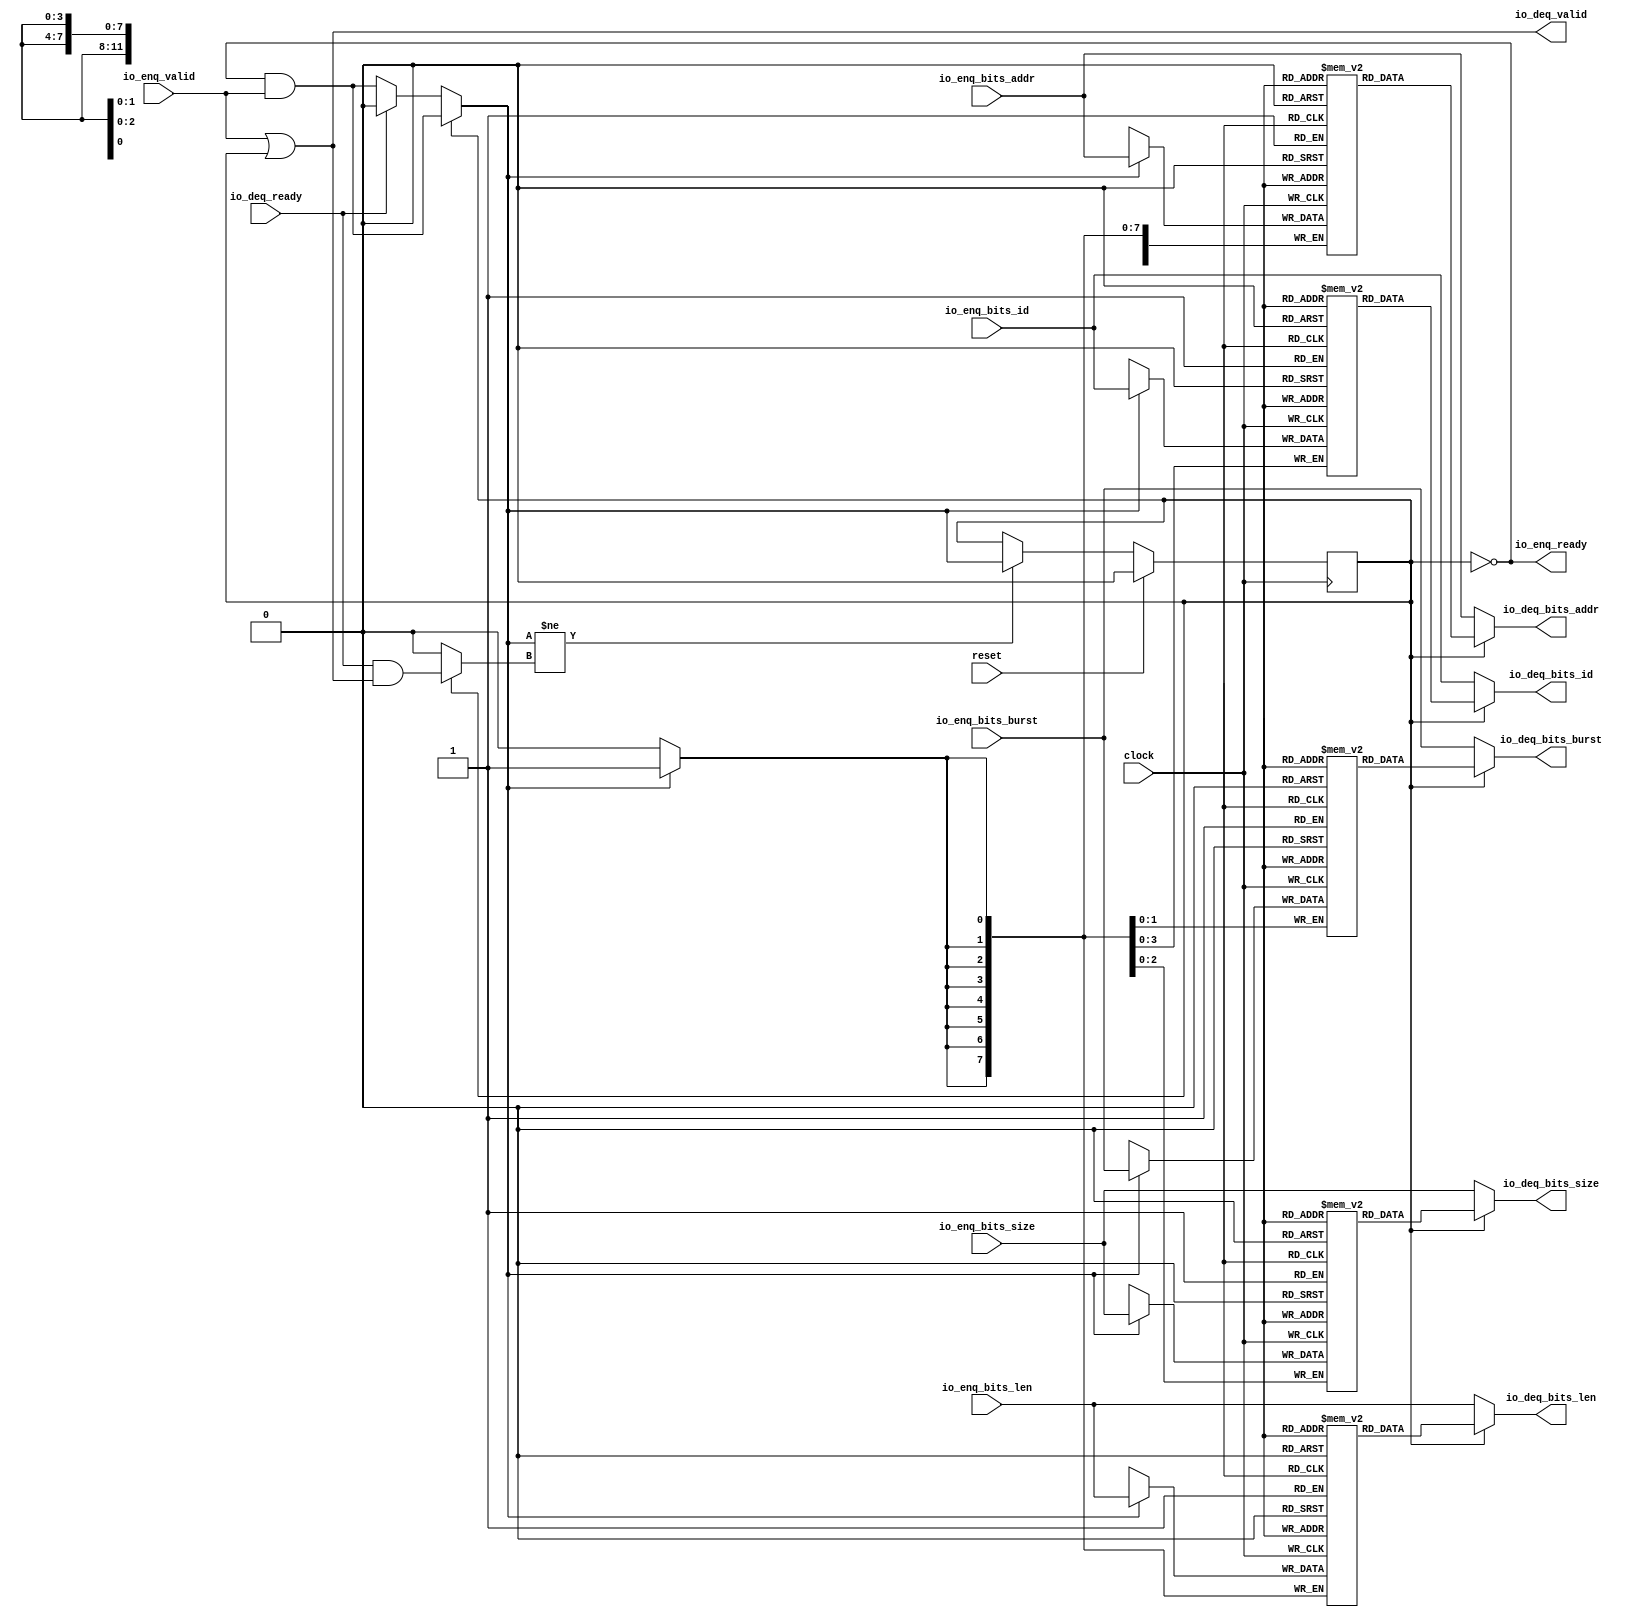
module Queue_51( // @[:freechips.rocketchip.system.DefaultRV32Config.fir@231442.2]
  input         clock, // @[:freechips.rocketchip.system.DefaultRV32Config.fir@231443.4]
  input         reset, // @[:freechips.rocketchip.system.DefaultRV32Config.fir@231444.4]
  output        io_enq_ready, // @[:freechips.rocketchip.system.DefaultRV32Config.fir@231445.4]
  input         io_enq_valid, // @[:freechips.rocketchip.system.DefaultRV32Config.fir@231445.4]
  input  [3:0]  io_enq_bits_id, // @[:freechips.rocketchip.system.DefaultRV32Config.fir@231445.4]
  input  [11:0] io_enq_bits_addr, // @[:freechips.rocketchip.system.DefaultRV32Config.fir@231445.4]
  input  [7:0]  io_enq_bits_len, // @[:freechips.rocketchip.system.DefaultRV32Config.fir@231445.4]
  input  [2:0]  io_enq_bits_size, // @[:freechips.rocketchip.system.DefaultRV32Config.fir@231445.4]
  input  [1:0]  io_enq_bits_burst, // @[:freechips.rocketchip.system.DefaultRV32Config.fir@231445.4]
  input         io_deq_ready, // @[:freechips.rocketchip.system.DefaultRV32Config.fir@231445.4]
  output        io_deq_valid, // @[:freechips.rocketchip.system.DefaultRV32Config.fir@231445.4]
  output [3:0]  io_deq_bits_id, // @[:freechips.rocketchip.system.DefaultRV32Config.fir@231445.4]
  output [11:0] io_deq_bits_addr, // @[:freechips.rocketchip.system.DefaultRV32Config.fir@231445.4]
  output [7:0]  io_deq_bits_len, // @[:freechips.rocketchip.system.DefaultRV32Config.fir@231445.4]
  output [2:0]  io_deq_bits_size, // @[:freechips.rocketchip.system.DefaultRV32Config.fir@231445.4]
  output [1:0]  io_deq_bits_burst // @[:freechips.rocketchip.system.DefaultRV32Config.fir@231445.4]
);
`ifdef RANDOMIZE_MEM_INIT
  reg [31:0] _RAND_0;
  reg [31:0] _RAND_1;
  reg [31:0] _RAND_2;
  reg [31:0] _RAND_3;
  reg [31:0] _RAND_4;
`endif // RANDOMIZE_MEM_INIT
`ifdef RANDOMIZE_REG_INIT
  reg [31:0] _RAND_5;
`endif // RANDOMIZE_REG_INIT
  reg [3:0] ram_id [0:0]; // @[Decoupled.scala 209:16:freechips.rocketchip.system.DefaultRV32Config.fir@231447.4]
  wire [3:0] ram_id__T_7_data; // @[Decoupled.scala 209:16:freechips.rocketchip.system.DefaultRV32Config.fir@231447.4]
  wire  ram_id__T_7_addr; // @[Decoupled.scala 209:16:freechips.rocketchip.system.DefaultRV32Config.fir@231447.4]
  wire [3:0] ram_id__T_3_data; // @[Decoupled.scala 209:16:freechips.rocketchip.system.DefaultRV32Config.fir@231447.4]
  wire  ram_id__T_3_addr; // @[Decoupled.scala 209:16:freechips.rocketchip.system.DefaultRV32Config.fir@231447.4]
  wire  ram_id__T_3_mask; // @[Decoupled.scala 209:16:freechips.rocketchip.system.DefaultRV32Config.fir@231447.4]
  wire  ram_id__T_3_en; // @[Decoupled.scala 209:16:freechips.rocketchip.system.DefaultRV32Config.fir@231447.4]
  reg [11:0] ram_addr [0:0]; // @[Decoupled.scala 209:16:freechips.rocketchip.system.DefaultRV32Config.fir@231447.4]
  wire [11:0] ram_addr__T_7_data; // @[Decoupled.scala 209:16:freechips.rocketchip.system.DefaultRV32Config.fir@231447.4]
  wire  ram_addr__T_7_addr; // @[Decoupled.scala 209:16:freechips.rocketchip.system.DefaultRV32Config.fir@231447.4]
  wire [11:0] ram_addr__T_3_data; // @[Decoupled.scala 209:16:freechips.rocketchip.system.DefaultRV32Config.fir@231447.4]
  wire  ram_addr__T_3_addr; // @[Decoupled.scala 209:16:freechips.rocketchip.system.DefaultRV32Config.fir@231447.4]
  wire  ram_addr__T_3_mask; // @[Decoupled.scala 209:16:freechips.rocketchip.system.DefaultRV32Config.fir@231447.4]
  wire  ram_addr__T_3_en; // @[Decoupled.scala 209:16:freechips.rocketchip.system.DefaultRV32Config.fir@231447.4]
  reg [7:0] ram_len [0:0]; // @[Decoupled.scala 209:16:freechips.rocketchip.system.DefaultRV32Config.fir@231447.4]
  wire [7:0] ram_len__T_7_data; // @[Decoupled.scala 209:16:freechips.rocketchip.system.DefaultRV32Config.fir@231447.4]
  wire  ram_len__T_7_addr; // @[Decoupled.scala 209:16:freechips.rocketchip.system.DefaultRV32Config.fir@231447.4]
  wire [7:0] ram_len__T_3_data; // @[Decoupled.scala 209:16:freechips.rocketchip.system.DefaultRV32Config.fir@231447.4]
  wire  ram_len__T_3_addr; // @[Decoupled.scala 209:16:freechips.rocketchip.system.DefaultRV32Config.fir@231447.4]
  wire  ram_len__T_3_mask; // @[Decoupled.scala 209:16:freechips.rocketchip.system.DefaultRV32Config.fir@231447.4]
  wire  ram_len__T_3_en; // @[Decoupled.scala 209:16:freechips.rocketchip.system.DefaultRV32Config.fir@231447.4]
  reg [2:0] ram_size [0:0]; // @[Decoupled.scala 209:16:freechips.rocketchip.system.DefaultRV32Config.fir@231447.4]
  wire [2:0] ram_size__T_7_data; // @[Decoupled.scala 209:16:freechips.rocketchip.system.DefaultRV32Config.fir@231447.4]
  wire  ram_size__T_7_addr; // @[Decoupled.scala 209:16:freechips.rocketchip.system.DefaultRV32Config.fir@231447.4]
  wire [2:0] ram_size__T_3_data; // @[Decoupled.scala 209:16:freechips.rocketchip.system.DefaultRV32Config.fir@231447.4]
  wire  ram_size__T_3_addr; // @[Decoupled.scala 209:16:freechips.rocketchip.system.DefaultRV32Config.fir@231447.4]
  wire  ram_size__T_3_mask; // @[Decoupled.scala 209:16:freechips.rocketchip.system.DefaultRV32Config.fir@231447.4]
  wire  ram_size__T_3_en; // @[Decoupled.scala 209:16:freechips.rocketchip.system.DefaultRV32Config.fir@231447.4]
  reg [1:0] ram_burst [0:0]; // @[Decoupled.scala 209:16:freechips.rocketchip.system.DefaultRV32Config.fir@231447.4]
  wire [1:0] ram_burst__T_7_data; // @[Decoupled.scala 209:16:freechips.rocketchip.system.DefaultRV32Config.fir@231447.4]
  wire  ram_burst__T_7_addr; // @[Decoupled.scala 209:16:freechips.rocketchip.system.DefaultRV32Config.fir@231447.4]
  wire [1:0] ram_burst__T_3_data; // @[Decoupled.scala 209:16:freechips.rocketchip.system.DefaultRV32Config.fir@231447.4]
  wire  ram_burst__T_3_addr; // @[Decoupled.scala 209:16:freechips.rocketchip.system.DefaultRV32Config.fir@231447.4]
  wire  ram_burst__T_3_mask; // @[Decoupled.scala 209:16:freechips.rocketchip.system.DefaultRV32Config.fir@231447.4]
  wire  ram_burst__T_3_en; // @[Decoupled.scala 209:16:freechips.rocketchip.system.DefaultRV32Config.fir@231447.4]
  reg  maybe_full; // @[Decoupled.scala 212:27:freechips.rocketchip.system.DefaultRV32Config.fir@231448.4]
  wire  empty; // @[Decoupled.scala 215:28:freechips.rocketchip.system.DefaultRV32Config.fir@231450.4]
  wire  _T_1; // @[Decoupled.scala 40:37:freechips.rocketchip.system.DefaultRV32Config.fir@231453.4]
  wire  _T_2; // @[Decoupled.scala 40:37:freechips.rocketchip.system.DefaultRV32Config.fir@231456.4]
  wire  _GEN_15; // @[Decoupled.scala 240:27:freechips.rocketchip.system.DefaultRV32Config.fir@231505.6]
  wire  do_enq; // @[Decoupled.scala 237:18:freechips.rocketchip.system.DefaultRV32Config.fir@231494.4]
  wire  do_deq; // @[Decoupled.scala 237:18:freechips.rocketchip.system.DefaultRV32Config.fir@231494.4]
  wire  _T_4; // @[Decoupled.scala 227:16:freechips.rocketchip.system.DefaultRV32Config.fir@231473.4]
  wire  _T_5; // @[Decoupled.scala 231:19:freechips.rocketchip.system.DefaultRV32Config.fir@231477.4]
  assign ram_id__T_7_addr = 1'h0;
  assign ram_id__T_7_data = ram_id[ram_id__T_7_addr]; // @[Decoupled.scala 209:16:freechips.rocketchip.system.DefaultRV32Config.fir@231447.4]
  assign ram_id__T_3_data = io_enq_bits_id;
  assign ram_id__T_3_addr = 1'h0;
  assign ram_id__T_3_mask = 1'h1;
  assign ram_id__T_3_en = empty ? _GEN_15 : _T_1;
  assign ram_addr__T_7_addr = 1'h0;
  assign ram_addr__T_7_data = ram_addr[ram_addr__T_7_addr]; // @[Decoupled.scala 209:16:freechips.rocketchip.system.DefaultRV32Config.fir@231447.4]
  assign ram_addr__T_3_data = io_enq_bits_addr;
  assign ram_addr__T_3_addr = 1'h0;
  assign ram_addr__T_3_mask = 1'h1;
  assign ram_addr__T_3_en = empty ? _GEN_15 : _T_1;
  assign ram_len__T_7_addr = 1'h0;
  assign ram_len__T_7_data = ram_len[ram_len__T_7_addr]; // @[Decoupled.scala 209:16:freechips.rocketchip.system.DefaultRV32Config.fir@231447.4]
  assign ram_len__T_3_data = io_enq_bits_len;
  assign ram_len__T_3_addr = 1'h0;
  assign ram_len__T_3_mask = 1'h1;
  assign ram_len__T_3_en = empty ? _GEN_15 : _T_1;
  assign ram_size__T_7_addr = 1'h0;
  assign ram_size__T_7_data = ram_size[ram_size__T_7_addr]; // @[Decoupled.scala 209:16:freechips.rocketchip.system.DefaultRV32Config.fir@231447.4]
  assign ram_size__T_3_data = io_enq_bits_size;
  assign ram_size__T_3_addr = 1'h0;
  assign ram_size__T_3_mask = 1'h1;
  assign ram_size__T_3_en = empty ? _GEN_15 : _T_1;
  assign ram_burst__T_7_addr = 1'h0;
  assign ram_burst__T_7_data = ram_burst[ram_burst__T_7_addr]; // @[Decoupled.scala 209:16:freechips.rocketchip.system.DefaultRV32Config.fir@231447.4]
  assign ram_burst__T_3_data = io_enq_bits_burst;
  assign ram_burst__T_3_addr = 1'h0;
  assign ram_burst__T_3_mask = 1'h1;
  assign ram_burst__T_3_en = empty ? _GEN_15 : _T_1;
  assign empty = ~maybe_full; // @[Decoupled.scala 215:28:freechips.rocketchip.system.DefaultRV32Config.fir@231450.4]
  assign _T_1 = io_enq_ready & io_enq_valid; // @[Decoupled.scala 40:37:freechips.rocketchip.system.DefaultRV32Config.fir@231453.4]
  assign _T_2 = io_deq_ready & io_deq_valid; // @[Decoupled.scala 40:37:freechips.rocketchip.system.DefaultRV32Config.fir@231456.4]
  assign _GEN_15 = io_deq_ready ? 1'h0 : _T_1; // @[Decoupled.scala 240:27:freechips.rocketchip.system.DefaultRV32Config.fir@231505.6]
  assign do_enq = empty ? _GEN_15 : _T_1; // @[Decoupled.scala 237:18:freechips.rocketchip.system.DefaultRV32Config.fir@231494.4]
  assign do_deq = empty ? 1'h0 : _T_2; // @[Decoupled.scala 237:18:freechips.rocketchip.system.DefaultRV32Config.fir@231494.4]
  assign _T_4 = do_enq != do_deq; // @[Decoupled.scala 227:16:freechips.rocketchip.system.DefaultRV32Config.fir@231473.4]
  assign _T_5 = ~empty; // @[Decoupled.scala 231:19:freechips.rocketchip.system.DefaultRV32Config.fir@231477.4]
  assign io_enq_ready = ~maybe_full; // @[Decoupled.scala 232:16:freechips.rocketchip.system.DefaultRV32Config.fir@231480.4]
  assign io_deq_valid = io_enq_valid | _T_5; // @[Decoupled.scala 231:16:freechips.rocketchip.system.DefaultRV32Config.fir@231478.4 Decoupled.scala 236:40:freechips.rocketchip.system.DefaultRV32Config.fir@231492.6]
  assign io_deq_bits_id = empty ? io_enq_bits_id : ram_id__T_7_data; // @[Decoupled.scala 233:15:freechips.rocketchip.system.DefaultRV32Config.fir@231490.4 Decoupled.scala 238:19:freechips.rocketchip.system.DefaultRV32Config.fir@231503.6]
  assign io_deq_bits_addr = empty ? io_enq_bits_addr : ram_addr__T_7_data; // @[Decoupled.scala 233:15:freechips.rocketchip.system.DefaultRV32Config.fir@231489.4 Decoupled.scala 238:19:freechips.rocketchip.system.DefaultRV32Config.fir@231502.6]
  assign io_deq_bits_len = empty ? io_enq_bits_len : ram_len__T_7_data; // @[Decoupled.scala 233:15:freechips.rocketchip.system.DefaultRV32Config.fir@231488.4 Decoupled.scala 238:19:freechips.rocketchip.system.DefaultRV32Config.fir@231501.6]
  assign io_deq_bits_size = empty ? io_enq_bits_size : ram_size__T_7_data; // @[Decoupled.scala 233:15:freechips.rocketchip.system.DefaultRV32Config.fir@231487.4 Decoupled.scala 238:19:freechips.rocketchip.system.DefaultRV32Config.fir@231500.6]
  assign io_deq_bits_burst = empty ? io_enq_bits_burst : ram_burst__T_7_data; // @[Decoupled.scala 233:15:freechips.rocketchip.system.DefaultRV32Config.fir@231486.4 Decoupled.scala 238:19:freechips.rocketchip.system.DefaultRV32Config.fir@231499.6]
`ifdef RANDOMIZE_GARBAGE_ASSIGN
`define RANDOMIZE
`endif
`ifdef RANDOMIZE_INVALID_ASSIGN
`define RANDOMIZE
`endif
`ifdef RANDOMIZE_REG_INIT
`define RANDOMIZE
`endif
`ifdef RANDOMIZE_MEM_INIT
`define RANDOMIZE
`endif
`ifndef RANDOM
`define RANDOM $random
`endif
`ifdef RANDOMIZE_MEM_INIT
  integer initvar;
`endif
`ifndef SYNTHESIS
`ifdef FIRRTL_BEFORE_INITIAL
`FIRRTL_BEFORE_INITIAL
`endif
initial begin
  `ifdef RANDOMIZE
    `ifdef INIT_RANDOM
      `INIT_RANDOM
    `endif
    `ifndef VERILATOR
      `ifdef RANDOMIZE_DELAY
        #`RANDOMIZE_DELAY begin end
      `else
        #0.002 begin end
      `endif
    `endif
`ifdef RANDOMIZE_MEM_INIT
  _RAND_0 = {1{`RANDOM}};
  for (initvar = 0; initvar < 1; initvar = initvar+1)
    ram_id[initvar] = _RAND_0[3:0];
  _RAND_1 = {1{`RANDOM}};
  for (initvar = 0; initvar < 1; initvar = initvar+1)
    ram_addr[initvar] = _RAND_1[11:0];
  _RAND_2 = {1{`RANDOM}};
  for (initvar = 0; initvar < 1; initvar = initvar+1)
    ram_len[initvar] = _RAND_2[7:0];
  _RAND_3 = {1{`RANDOM}};
  for (initvar = 0; initvar < 1; initvar = initvar+1)
    ram_size[initvar] = _RAND_3[2:0];
  _RAND_4 = {1{`RANDOM}};
  for (initvar = 0; initvar < 1; initvar = initvar+1)
    ram_burst[initvar] = _RAND_4[1:0];
`endif // RANDOMIZE_MEM_INIT
`ifdef RANDOMIZE_REG_INIT
  _RAND_5 = {1{`RANDOM}};
  maybe_full = _RAND_5[0:0];
`endif // RANDOMIZE_REG_INIT
  `endif // RANDOMIZE
end // initial
`ifdef FIRRTL_AFTER_INITIAL
`FIRRTL_AFTER_INITIAL
`endif
`endif // SYNTHESIS
  always @(posedge clock) begin
    if(ram_id__T_3_en & ram_id__T_3_mask) begin
      ram_id[ram_id__T_3_addr] <= ram_id__T_3_data; // @[Decoupled.scala 209:16:freechips.rocketchip.system.DefaultRV32Config.fir@231447.4]
    end
    if(ram_addr__T_3_en & ram_addr__T_3_mask) begin
      ram_addr[ram_addr__T_3_addr] <= ram_addr__T_3_data; // @[Decoupled.scala 209:16:freechips.rocketchip.system.DefaultRV32Config.fir@231447.4]
    end
    if(ram_len__T_3_en & ram_len__T_3_mask) begin
      ram_len[ram_len__T_3_addr] <= ram_len__T_3_data; // @[Decoupled.scala 209:16:freechips.rocketchip.system.DefaultRV32Config.fir@231447.4]
    end
    if(ram_size__T_3_en & ram_size__T_3_mask) begin
      ram_size[ram_size__T_3_addr] <= ram_size__T_3_data; // @[Decoupled.scala 209:16:freechips.rocketchip.system.DefaultRV32Config.fir@231447.4]
    end
    if(ram_burst__T_3_en & ram_burst__T_3_mask) begin
      ram_burst[ram_burst__T_3_addr] <= ram_burst__T_3_data; // @[Decoupled.scala 209:16:freechips.rocketchip.system.DefaultRV32Config.fir@231447.4]
    end
    if (reset) begin
      maybe_full <= 1'h0;
    end else if (_T_4) begin
      if (empty) begin
        if (io_deq_ready) begin
          maybe_full <= 1'h0;
        end else begin
          maybe_full <= _T_1;
        end
      end else begin
        maybe_full <= _T_1;
      end
    end
  end
endmodule